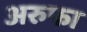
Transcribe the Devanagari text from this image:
अरुफा